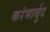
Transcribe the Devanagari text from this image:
करंभार्बुद